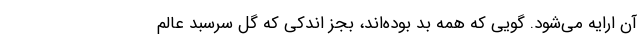
آن ارایه می‌شود. گویی که همه بد بوده‌اند، بجز اندکی که گل سرسبد عالم